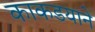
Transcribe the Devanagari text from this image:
काकडयाने